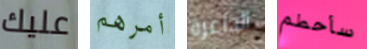
عليك أمرهم الداعرة سأحطم